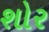
શોર